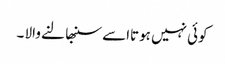
کوئی نہیں ہوتااسے سنبھا لنے والا ۔